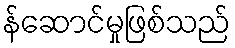
န်ဆောင်မှုဖြစ်သည်